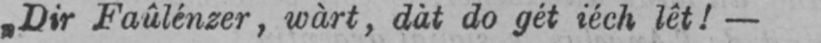
„Dir Faûlénzer, wàrt, dàt do gét iéch lêt!-